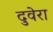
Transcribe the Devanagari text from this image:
दुवेरा